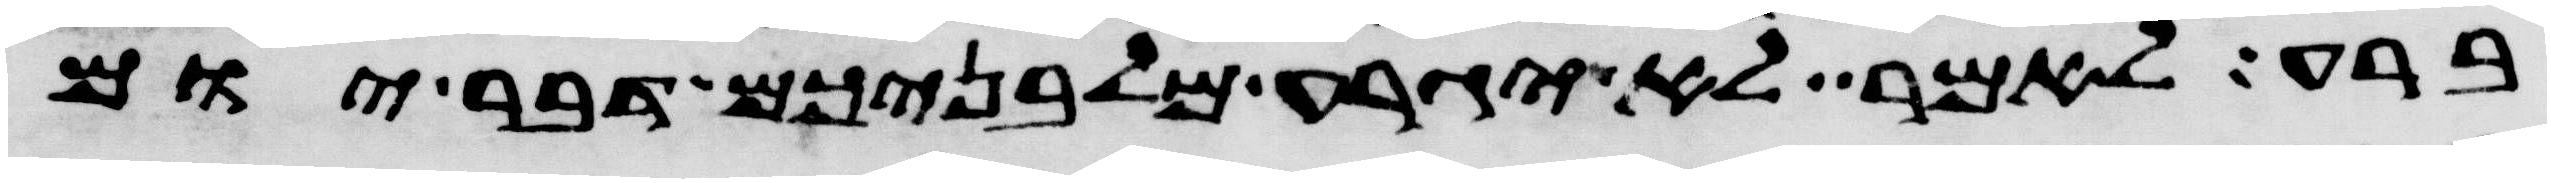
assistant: ברע לאמר לא יגרע מלבניכם דבר יום